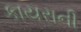
કાયરાની